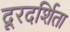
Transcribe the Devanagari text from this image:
दूरदर्शिता